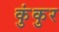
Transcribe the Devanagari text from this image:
कुंकुर